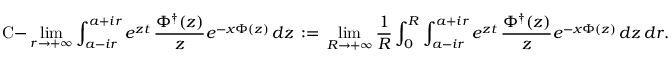
\mathrm { C - } \operatorname* { l i m } _ { r \to + \infty } \int _ { a - i r } ^ { a + i r } e ^ { z t } \, \frac { \Phi ^ { \dagger } ( z ) } { z } e ^ { - x \Phi ( z ) } \, d z \, : = \, \operatorname* { l i m } _ { R \to + \infty } \frac { 1 } { R } \int _ { 0 } ^ { R } \int _ { a - i r } ^ { a + i r } e ^ { z t } \, \frac { \Phi ^ { \dagger } ( z ) } { z } e ^ { - x \Phi ( z ) } \, d z \, d r .